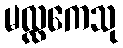
မလ္လကေသု